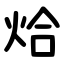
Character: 烚